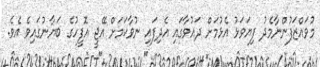
މުވައްޒަފުންނާމެދު ފިޔަވަޅު އެޅުމަށް ދައުވާގައި އެދިފައި ނުވާކަމަށް އޭޖީ އޮފީހުގެ ބަޔާނުގައިވެ އެވެ.